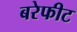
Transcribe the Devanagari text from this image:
बरेफीट